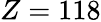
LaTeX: Z=118